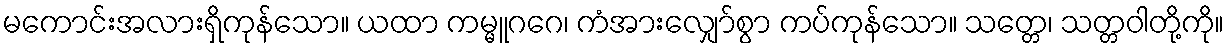
မကောင်းအလားရှိကုန်သော။ ယထာ ကမ္မူဂဂေ၊ ကံအားလျှော်စွာ ကပ်ကုန်သော။ သတ္တေ၊ သတ္တဝါတို့ကို။